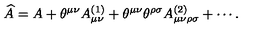
\widehat { A } = A + \theta ^ { \mu \nu } A _ { \mu \nu } ^ { ( 1 ) } + \theta ^ { \mu \nu } \theta ^ { \rho \sigma } A _ { \mu \nu \rho \sigma } ^ { ( 2 ) } + \cdots .